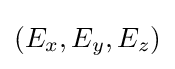
(E_{x},E_{y},E_{z})